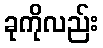
ခုကိုလည်း